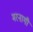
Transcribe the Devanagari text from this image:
मरनागी